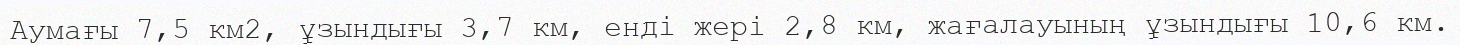
Аумағы 7,5 км2, ұзындығы 3,7 км, енді жері 2,8 км, жағалауының ұзындығы 10,6 км.